Report of the King Institute of Preventive Medicine, Guindy
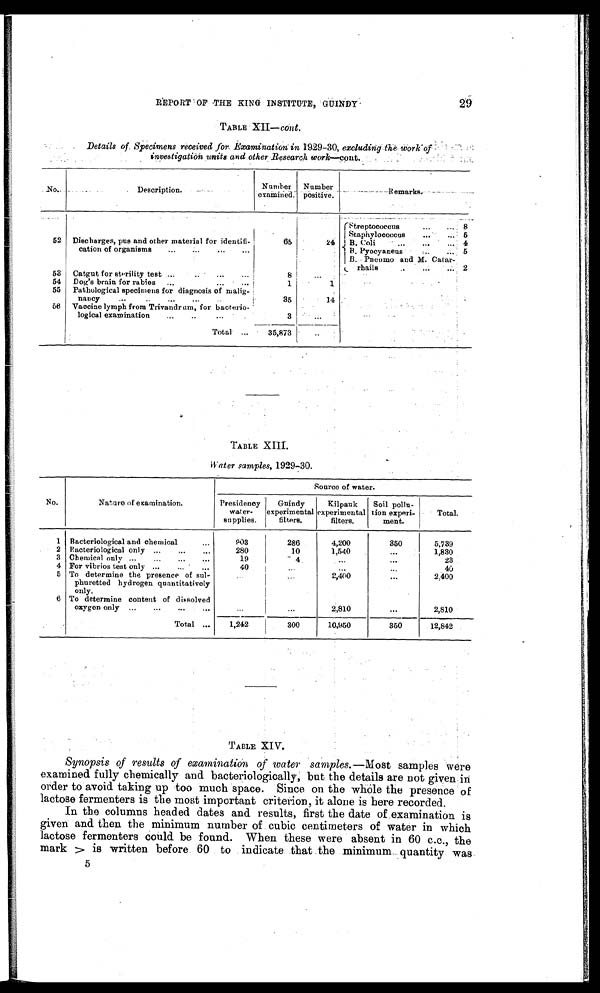
REPORT OF THE KING INSTITUTE, GUINDY
29
TABLE XII— cont.
Details of Specimens received for Examination in 1929-30,
excluding the work of
investigation units and other Research work—cont.
No.
Description.
Number
examined.
Number
positive.
Remarks.
Streptococcus
...
... 8
Staphylococcus
...
... 5
52 Discharges, pus and other material for identifi-
65
24
B. Col i . . . . . . . . .
4
cation of organisms
...
...
...
B. P yocyaneus
...
... 5
B. Pneumo and M. Cat ar-
r hai l s. . . . . . . . .
2
53
Catgut for sterility test ...
...
...
8
. . .
54
Dog's brain for rabies
...
...
...
1
1
55
Pathological specimens for diagnosis of malig-
nancy
...
..
...
...
35
14
56
Vaccine lymph from Trivandrum, for bacterio-
logical examination
...
..
...
3
. . .
Total
35,873
. . .
TABLE XIII.
Water samples, 1929-30.
No.
Nature of examination.
Source of water.
Presidency
water-
supplies.
Guindy
experimental
filters.
Kilpauk
experimental
filters.
Soil pollu-
tion experi-
ment.
Total.
1 Bacteriological and chemical...
9 0 8
286
4,200
350
5,739
2 Bacteriological only ...
...
. . .
280
10
1,540
. . . 1,830
3 Chemical only ...
...
...
...
19
4
...
...
23
4 For vibrios test only ...
...
...
40
...
...
...
40
5 To determine the presence of sul-
phuretted hydrogen quantitatively
only.
. . .
...
2,400
...
2,400
6 To determine content of dissolved
oxygen only ...
...
...
...
...
...
2,810
. . . 2,810
Total...
1,242
300
10,950
350
12,842
TABLE XI V.
Synopsis of results of examination of water samples.— Most samples were
examined fully chemically and bacteriologically, but the details are not given in
order to avoid taking up too much space. Since on the whole the presence of
lactose fermenters is the most important criterion, it alone is here recorded.
In the columns headed dates and results, first the date of examination is
given and then the minimum number of cubic centimeters of water in which
lactose fermenters could be found. When these were absent in 60 c.c., the
mark > i s w r i t t e n b e f o r e 6 0 t o i n d i c a t e t h a t t h e m i n i m u m q u a n t i t y w a s
5